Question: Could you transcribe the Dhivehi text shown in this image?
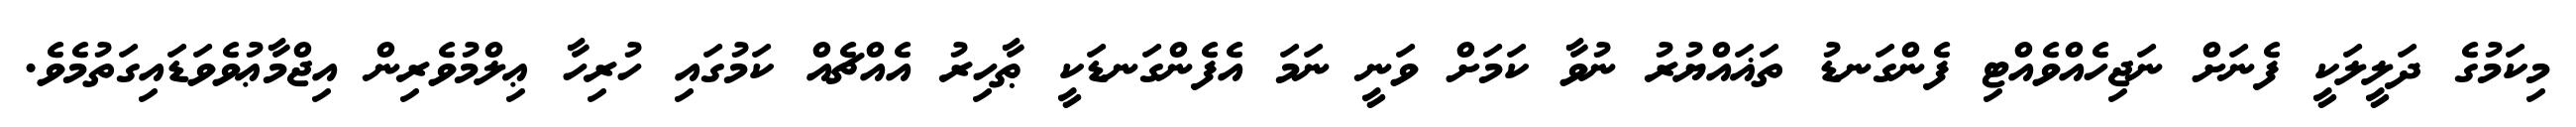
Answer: މިކަމުގެ ދަލީލަކީ ފެނަށް ނަޖިހެއްވެއްޓި ފެންގަނޑު ތަޣައްޔުރު ނުވާ ކަމަށް ވަނީ ނަމަ އެފެންގަނޑަކީ ޠާހިރު އެއްޗެއް ކަމުގައި ހުރިހާ ޢިލްމުވެރިން އިޖްމާޢުވެވަޑައިގަތުމެވެ.